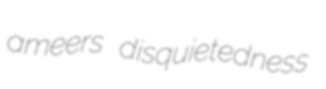
ameers disquietedness